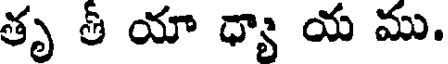
తృ తీ యా ధ్యా య ము.